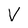
Character: V